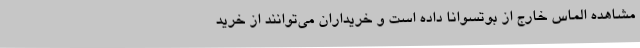
مشاهده الماس خارج از بوتسوانا داده است و خریداران می‌توانند از خرید